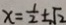
x = \frac { 1 } { 2 } \pm \sqrt { 2 }